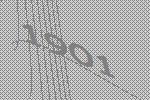
1901